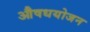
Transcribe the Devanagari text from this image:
औषधयोजन